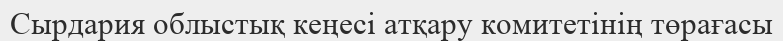
Сырдария облыстық кеңесі атқару комитетінің төрағасы